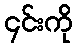
၄င်းကို